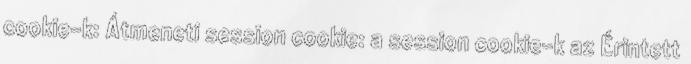
cookie-k: Átmeneti session cookie: a session cookie-k az Érintett